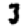
Digit: 3